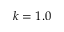
k = 1 . 0